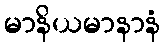
မာနိယမာနာနံ